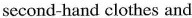
second-hand clothes and